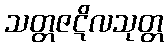
သတ္တဇဋိလသုတ္တ